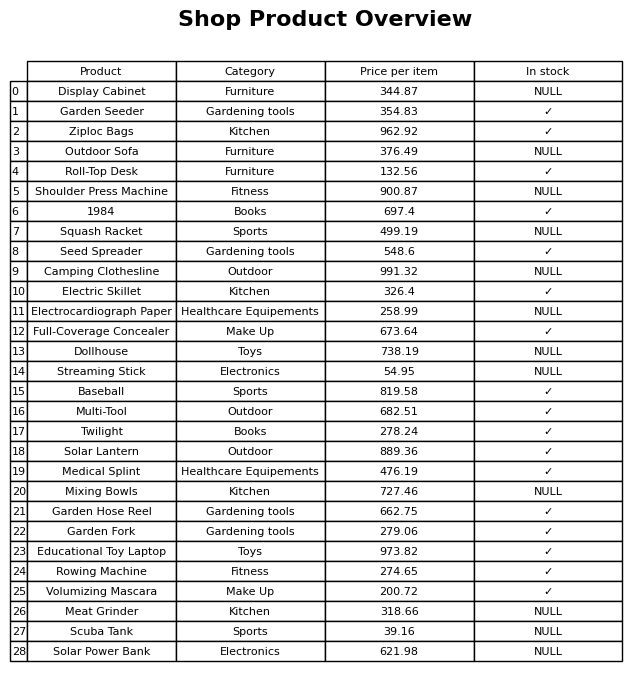
question: What is the price for Streaming Stick?
answer: The price of Streaming Stick is 54.95.